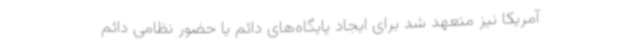
آمریکا نیز متعهد شد برای ایجاد پایگاه‌های دائم یا حضور نظامی دائم